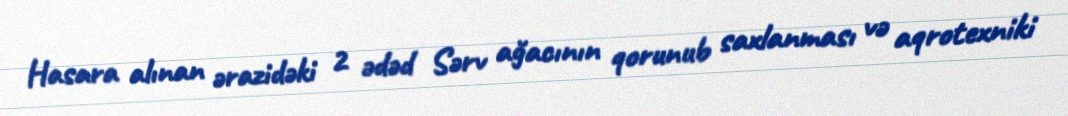
Hasara alınan ərazidəki 2 ədəd Sərv ağacının qorunub saxlanması və aqrotexniki